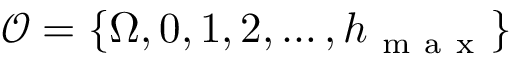
\mathcal { O } = \{ \Omega , 0 , 1 , 2 , \dots , h _ { \mathrm { ~ m ~ a ~ x ~ } } \}